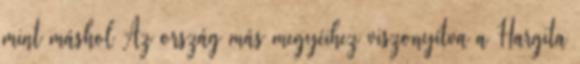
mint máshol Az ország más megyéihez viszonyítva a Hargita